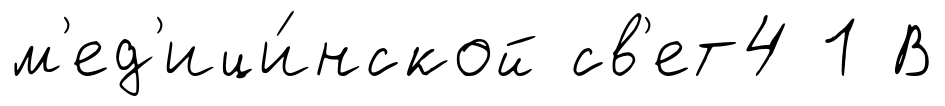
м'ед'ици́нской св'ет4 1 В